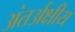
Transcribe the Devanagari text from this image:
अंतर्अक्षीय